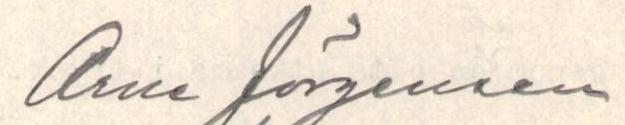
Arne Jörgensen